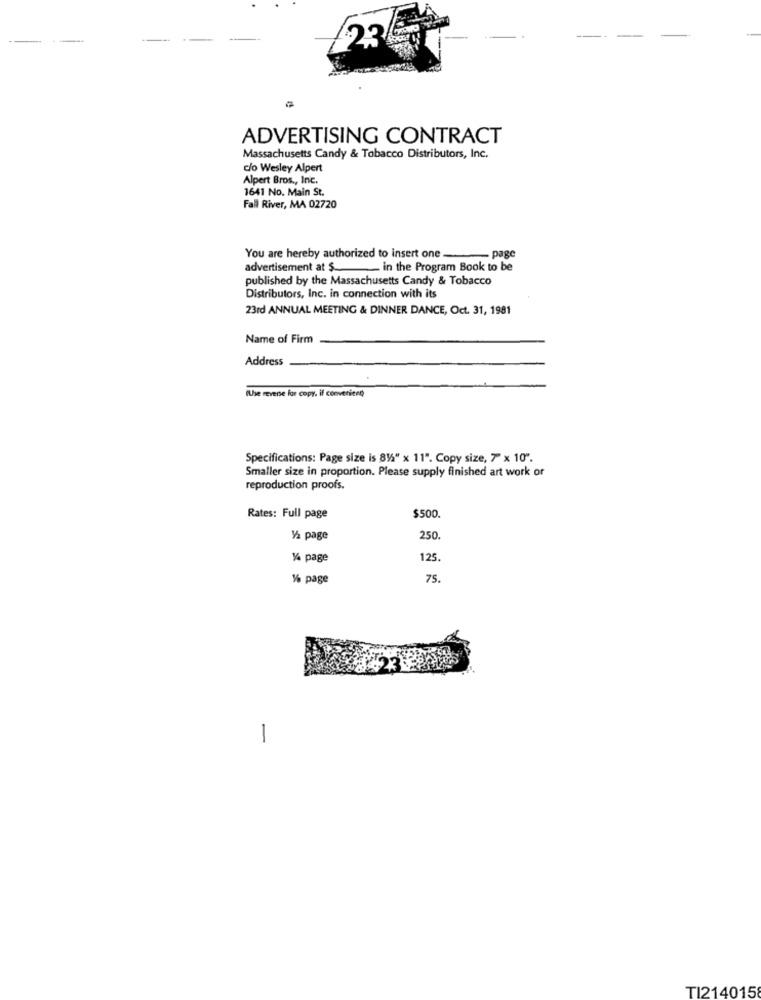
23
ADVERTISING CONTRACT
Massachusetts Candy & Tobacco Distributors, Inc.
c/o Wesley Alpert
Alpert Bros ., Inc.
1641 No. Main St.
Fall River, MA 02720
You are hereby authorized to insert one- page
advertisement at $_ in the Program Book to be
published by the Massachusetts Candy & Tobacco
Distributors, Inc. in connection with its
23rd ANNUAL MEETING & DINNER DANCE, Oct. 31, 1981
Name of Firm
Address
(Use revense for copy, if convenient)
Specifications: Page size is 812" x 11". Copy size, 7 x 10".
Smaller size in proportion. Please supply finished art work or
reproduction proofs.
$500.
Rates: Full page
1/2 page
250.
14 page
125,
% page
75.
TI214015